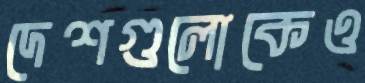
দেশগুলোকেও